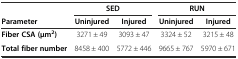
<table><thead><tr><td></td><td colspan="2"><b>SED</b></td><td colspan="2"><b>RUN</b></td></tr><tr><td><b>Parameter</b></td><td><b>Uninjured</b></td><td><b>Injured</b></td><td><b>Uninjured</b></td><td><b>Injured</b></td></tr></thead><tbody><tr><td><b>Fiber CSA (μm</b><sup><b>2</b></sup><b>)</b></td><td>3271 ± 49</td><td>3093 ± 47</td><td>3324 ± 52</td><td>3215 ± 48</td></tr><tr><td><b>Total fiber number</b></td><td>8458 ± 400</td><td>5772 ± 446</td><td>9665 ± 767</td><td>5970 ± 671</td></tr></tbody></table>